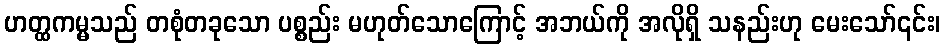
ဟတ္ထကမ္မသည် တစုံတခုသော ပစ္စည်း မဟုတ်သောကြောင့် အဘယ်ကို အလိုရှိ သနည်းဟု မေးသော်၎င်း၊